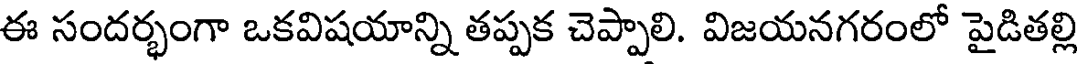
ఈ సందర్భంగా ఒకవిషయాన్ని తప్పక చెప్పాలి. విజయనగరంలో పైడితల్లి